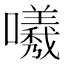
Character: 𭌟